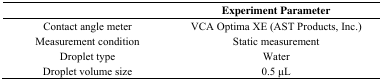
<table><thead><tr><td></td><td><b>Experiment Parameter</b></td></tr></thead><tbody><tr><td>Contact angle meter</td><td>VCA Optima XE (AST Products, Inc.)</td></tr><tr><td>Measurement condition</td><td>Static measurement</td></tr><tr><td>Droplet type</td><td>Water</td></tr><tr><td>Droplet volume size</td><td>0.5 μL</td></tr></tbody></table>